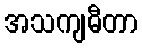
အသကျဓီတာ